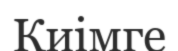
Киімге